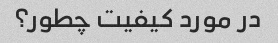
در مورد کیفیت چطور؟